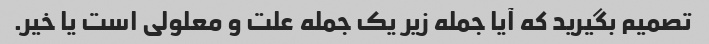
تصمیم بگیرید که آیا جمله زیر یک جمله علت و معلولی است یا خیر.